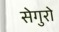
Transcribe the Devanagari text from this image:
सेगुरो